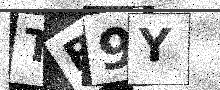
Text: TR9Y